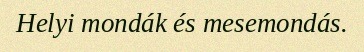
Helyi mondák és mesemondás.